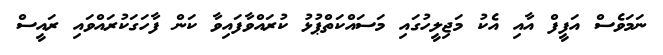
ނަމަވެސް އަފީފް އާއި އެކު މަޖިލީހުގައި މަސައްކަތްޕުޅު ކުރައްވާފައިވާ ކަން ފާހަގަކުރައްވައި ރައީސް